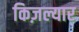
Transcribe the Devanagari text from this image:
किज़ल्यार